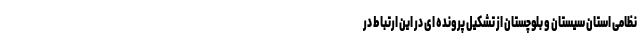
نظامی استان سیستان و بلوچستان از تشکیل پرونده ای در این ارتباط در